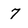
Character: 7